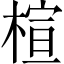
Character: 楦